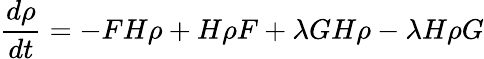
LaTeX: \frac{d\rho}{dt}=-FH\rho+H\rho F+\lambda GH\rho-\lambda H\rho G